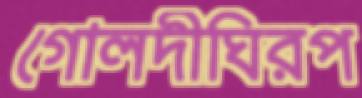
গোলদীঘিরপ